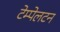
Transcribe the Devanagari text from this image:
टेम्पेलटन